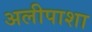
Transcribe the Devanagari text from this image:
अलीपाशा